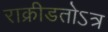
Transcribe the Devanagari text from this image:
राक्रीडतोऽत्र